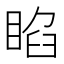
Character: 𥇌